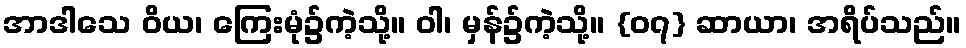
အာဒါသေ ဝိယ၊ ကြေးမုံ၌ကဲ့သို့။ ဝါ၊ မှန်၌ကဲ့သို့။ {၀၇} ဆာယာ၊ အရိပ်သည်။